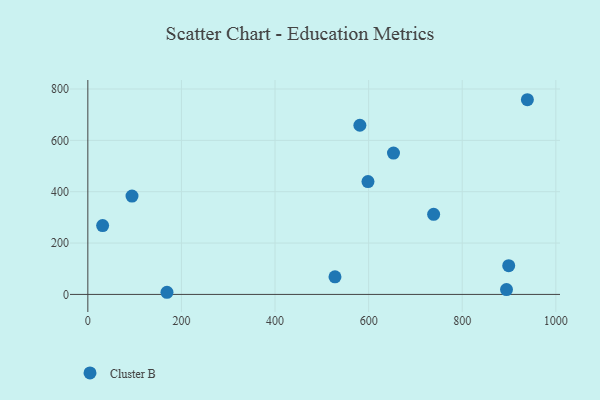
{"axis": {"x": "Price", "y": "Exam Score"}, "legend": ["Cluster B"], "data": [{"x": "581.3", "y": 658.7, "type": "Cluster B"}, {"x": "31.6", "y": 268.1, "type": "Cluster B"}, {"x": "598.6", "y": 439.6, "type": "Cluster B"}, {"x": "899.3", "y": 111.8, "type": "Cluster B"}, {"x": "894.6", "y": 18.7, "type": "Cluster B"}, {"x": "653.1", "y": 550.6, "type": "Cluster B"}, {"x": "94.4", "y": 382.8, "type": "Cluster B"}, {"x": "169.1", "y": 8.3, "type": "Cluster B"}, {"x": "939.2", "y": 758.2, "type": "Cluster B"}, {"x": "528.1", "y": 68.3, "type": "Cluster B"}, {"x": "738.9", "y": 311.7, "type": "Cluster B"}]}